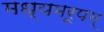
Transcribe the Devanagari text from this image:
मध्यमरूपम्